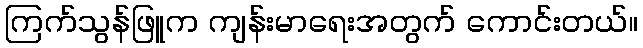
ကြက်သွန်ဖြူက ကျန်းမာရေးအတွက် ကောင်းတယ်။